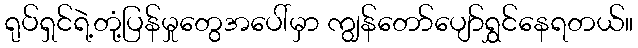
ရုပ်ရှင်ရဲ့တုံ့ပြန်မှုတွေအပေါ်မှာ ကျွန်တော်ပျော်ရွှင်နေရတယ်။